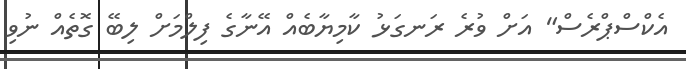
އެކްސްޕްރެސް" އަށް ވުރެ ރަނގަޅު ކާމިޔާބެއް އޭނާގެ ފިލްމަށް ލިބޭ ގޮތެއް ނުވި